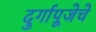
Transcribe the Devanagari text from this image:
दुर्गापूजेचे